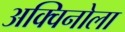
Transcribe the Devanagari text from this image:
अक्विनोला